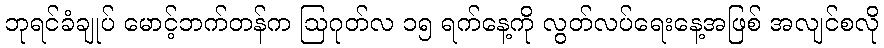
ဘုရင်ခံချုပ် မောင့်ဘက်တန်က ဩဂုတ်လ ၁၅ ရက်နေ့ကို လွတ်လပ်ရေးနေ့အဖြစ် အလျင်စလို